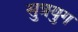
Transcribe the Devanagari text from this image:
सुत्रयुग